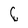
Character: 6